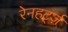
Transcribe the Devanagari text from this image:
रेनहर्ट्ज़